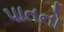
પાતનો